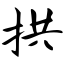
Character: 拱